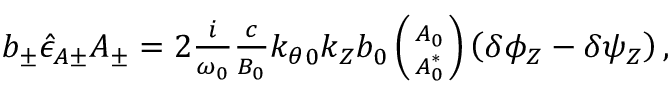
\begin{array} { r } { b _ { \pm } \hat { \epsilon } _ { A \pm } A _ { \pm } = 2 \frac { i } { \omega _ { 0 } } \frac { c } { B _ { 0 } } k _ { \theta 0 } k _ { Z } b _ { 0 } \left( A _ { 0 } \atop A _ { 0 } ^ { * } \right) \left( \delta \phi _ { Z } - \delta \psi _ { Z } \right) , } \end{array}